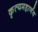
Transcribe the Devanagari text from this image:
कृत्यमहार्णव